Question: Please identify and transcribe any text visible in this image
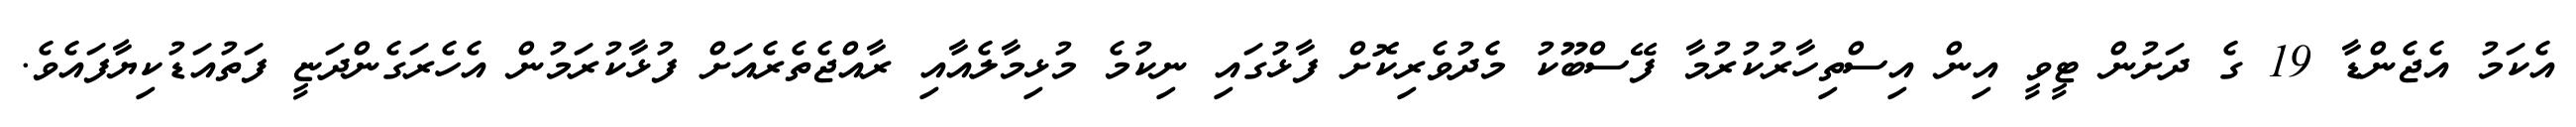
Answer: އެކަމު އެޖެންޑާ 19 ގެ ދަށުން ޓީވީ އިން އިސްތިހާރުކުރުމާ ފޭސްބޫކު މެދުވެރިކޮށް ފާޅުގައި ނިކުމެ މުޅިމާލެއާއި ރާއްޖެތެރެއަށް ފުޅާކުރަމުން އެހެރަގެންދަޏީ ފަތުއަޑުކިޔާފައެވެ.